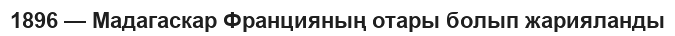
1896 — Мадагаскар Францияның отары болып жарияланды